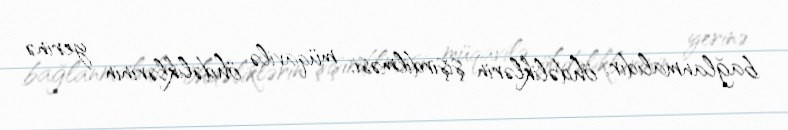
bağlanmalıdır, öhdəliklərin şişirdilməsi, müqavilə öhdəliklərinin yerinə